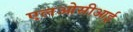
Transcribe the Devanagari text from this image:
एलओसीआई